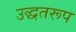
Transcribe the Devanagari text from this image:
उद्धतरूप